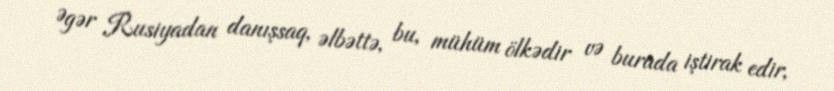
Əgər Rusiyadan danışsaq, əlbəttə, bu, mühüm ölkədir və burada iştirak edir,